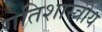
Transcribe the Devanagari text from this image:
गतिशास्त्रीय